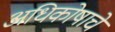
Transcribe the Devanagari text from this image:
अधिकोषाचे